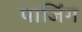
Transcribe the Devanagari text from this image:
पार्जिंग